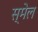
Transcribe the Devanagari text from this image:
स्मेल